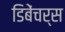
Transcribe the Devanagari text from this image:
डिबेंचर्स